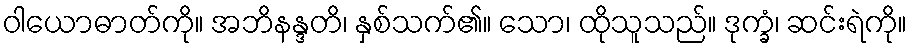
ဝါယောဓာတ်ကို။ အဘိနန္ဒတိ၊ နှစ်သက်၏။ သော၊ ထိုသူသည်။ ဒုက္ခံ၊ ဆင်းရဲကို။